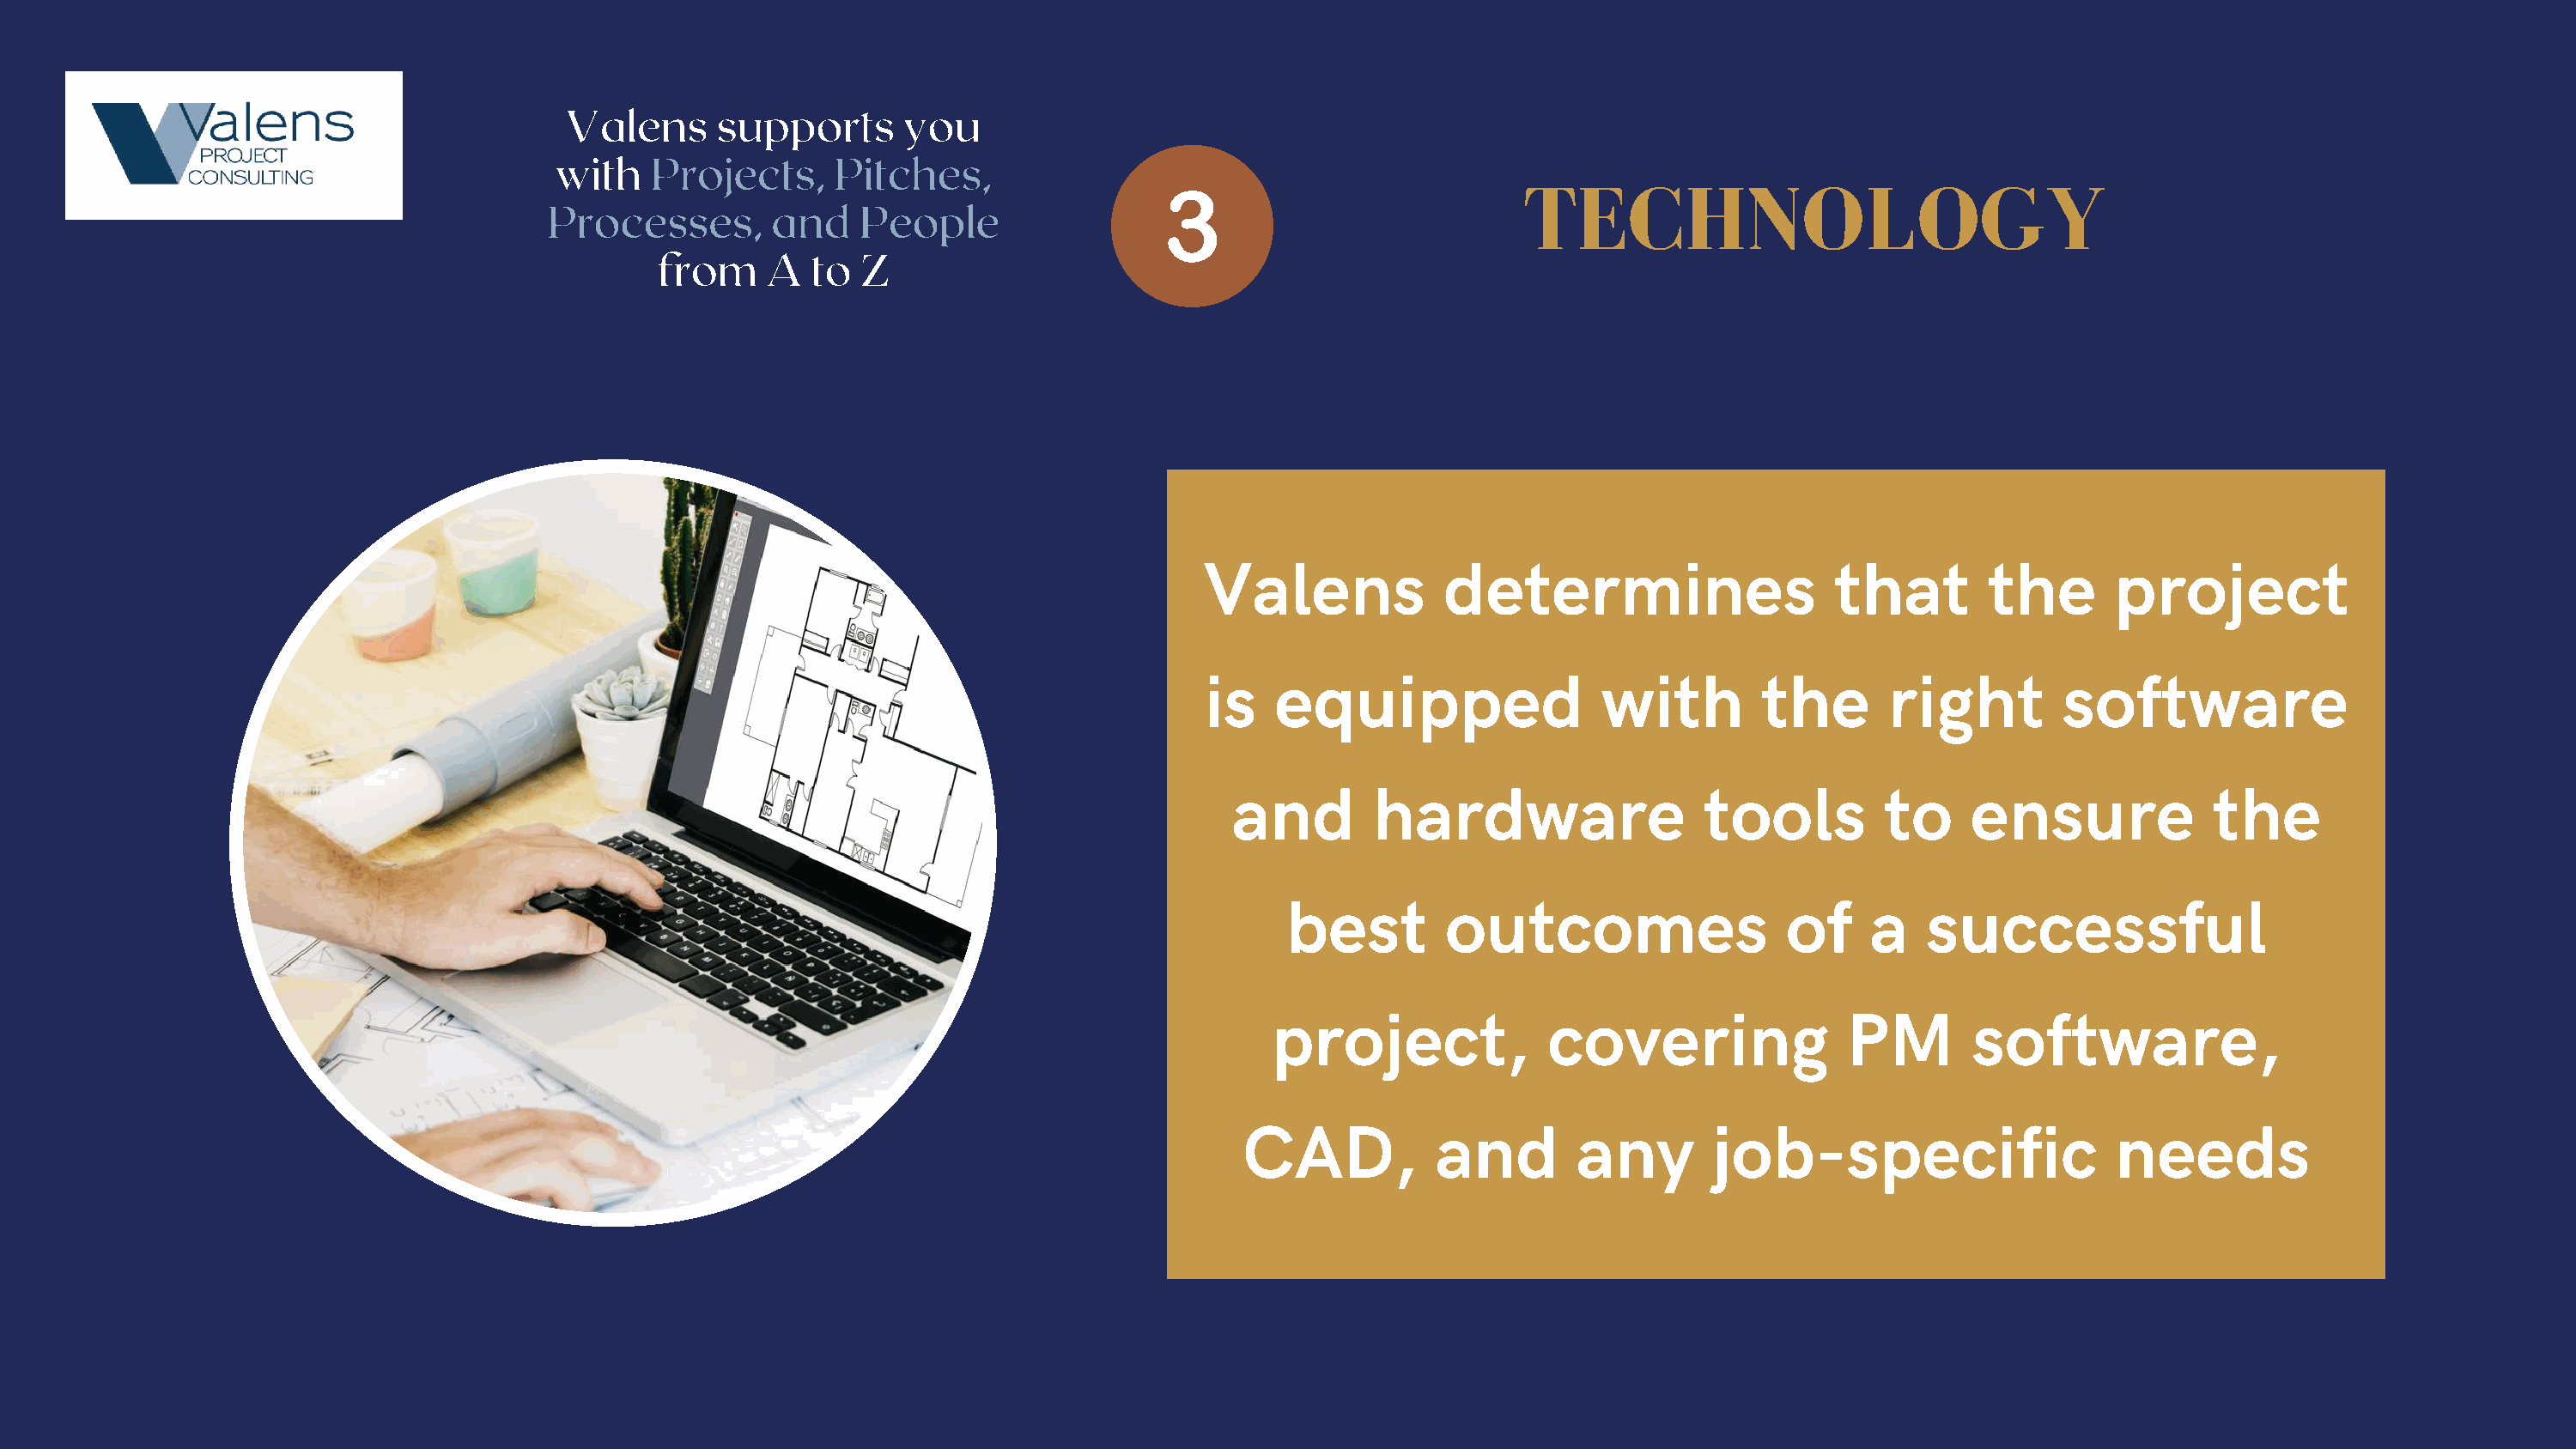
Valens     supports       you
 with   Projects,     Pitches,
 TECHNOLOGY
 Processes,       and    People
 from    A   to Z
 Valens            determines                    that        the       project
 is   equipped                 with         the       right        software
 and        hardware                 tools         to     ensure             the
 best        outcomes                   of    a    successful
 project,             covering               PM        software,
 CAD,           and        any       job-specific                   needs